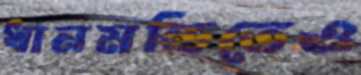
ধানমন্ডিতেও